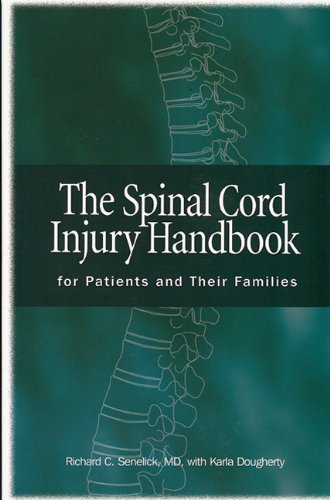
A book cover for The Spinal Cord Injury Handbook: For Patients and Families; Richard C. Senelick  MD; Health, Fitness & Dieting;